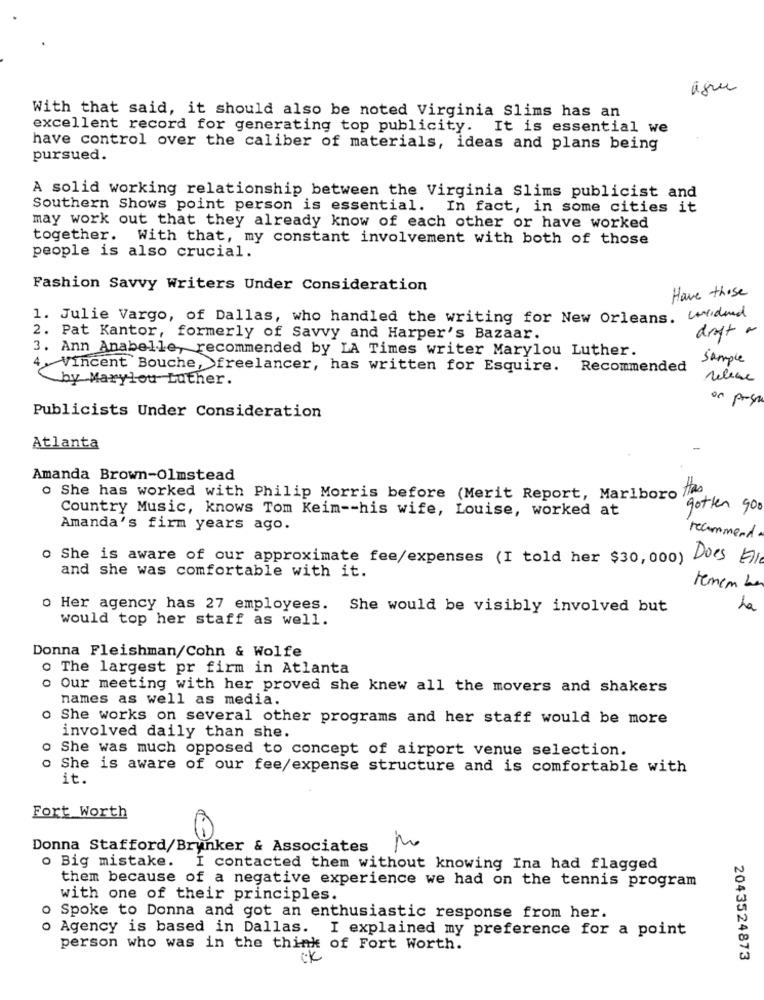
With that said, it should also be noted Virginia Slims has an
excellent record for generating top publicity. It is essential we
have control over the caliber of materials, ideas and plans being
pursued.
A solid working relationship between the Virginia Slims publicist and
Southern Shows point person is essential. In fact, in some cities it
may work out that they already know of each other or have worked
together. With that, my constant involvement with both of those
people is also crucial.
Fashion Savvy Writers Under Consideration
Have these
1. Julie Vargo, of Dallas, who handled the writing for New Orleans. Corand
draft a
2. Pat Kantor, formerly of Savvy and Harper's Bazaar.
3. Ann Anabelle, recommended by LA Times writer Marylou Luther.
Sample
4. Vincent Bouche, freelancer, has written for Esquire.
Recommended
by Marylou Luther.
releve
Publicists Under Consideration
Atlanta
Amanda Brown-Olmstead
. She has worked with Philip Morris before (Merit Report, Marlboro
Country Music, knows Tom Keim -- his wife, Louise, worked at
gotten goo
Amanda's firm years ago.
recommend.
o She is aware of our approximate fee/expenses (I told her $30, 000) Does Ele
and she was comfortable with it.
Hemen be
o Her agency has 27 employees.
She would be visibly involved but
La
would top her staff as well.
Donna Fleishman/Cohn & Wolfe
o The largest pr firm in Atlanta
o Our meeting with her proved she knew all the movers and shakers
names as well as media.
o She works on several other programs and her staff would be more
involved daily than she.
She was much opposed to concept of airport venue selection.
00
She is aware of our fee/expense structure and is comfortable with
it.
Fort Worth
Donna Stafford/Brunker & Associates
d/Brinker
o Big mistake.
I contacted them without knowing Ina had flagged
them because of a negative experience we had on the tennis program
with one of their principles.
o Spoke to Donna and got an enthusiastic response from her.
o Agency is based in Dallas. I explained my preference for a point
person who was in the think of Fort Worth.
CK
2043524873